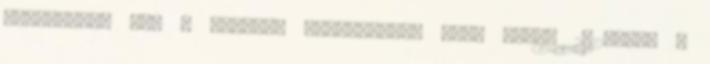
adófizető, aki a legtöbb jövedelemre tett szert 2012-ben. A